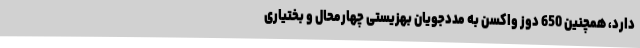
دارد، همچنین 650 دوز واکسن به مددجویان بهزیستی چهارمحال و بختیاری